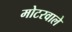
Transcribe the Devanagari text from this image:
मोटरवाले